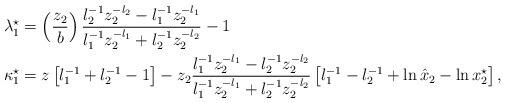
LaTeX: \begin{align*}\lambda_1^\star&= \left(\frac{z_2}{b}\right)\frac{l_2^{-1}z_2^{-l_2}-l_1^{-1}z_2^{-l_1}}{l_1^{-1}z_2^{-l_1}+l_2^{-1}z_2^{-l_2}}-1 \\\kappa_1^\star&=z\left[l_1^{-1}+l_2^{-1}-1\right]-z_2\frac{l_1^{-1}z_2^{-l_1}-l_2^{-1}z_2^{-l_2}}{l_1^{-1}z_2^{-l_1}+l_2^{-1}z_2^{-l_2}}\left[l_1^{-1}-l_2^{-1}+\ln{\hat{x}_2}-\ln{x^\star_2}\right],\end{align*}